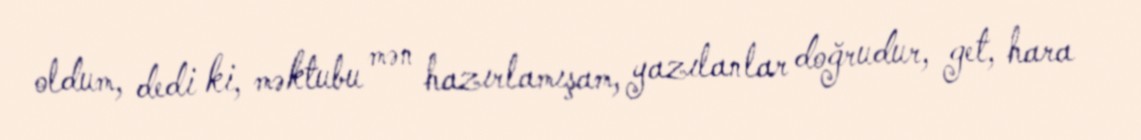
oldum, dedi ki, məktubu mən hazırlamışam, yazılanlar doğrudur, get, hara